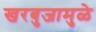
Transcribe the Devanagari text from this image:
खरबुजामुळे